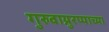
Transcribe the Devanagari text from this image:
गुरुवाय्रुरप्पाच्या